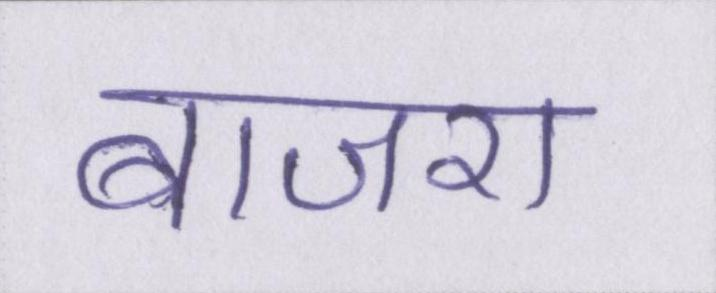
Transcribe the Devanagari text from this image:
बाजरा